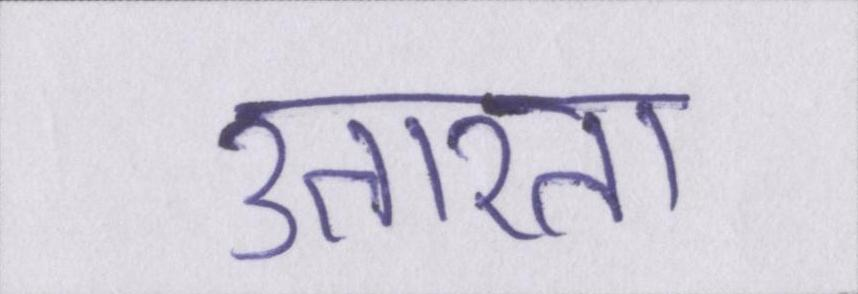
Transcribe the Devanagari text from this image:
उतारता